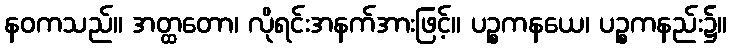
နဝကသည်။ အတ္ထတော၊ လိုရင်းအနက်အားဖြင့်။ ပဉ္စကနယေ၊ ပဉ္စကနည်း၌။